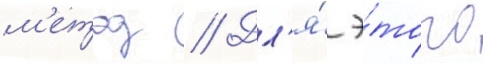
м'етод // Дл'я́ э́того